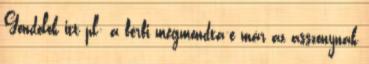
Gondolok itt pl: a férfi megmondta-e már az asszonynak